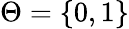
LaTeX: \Theta=\{ 0,1\}